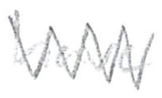
Text: have
Cross-out: zig-zag
Writing tool: pencil